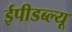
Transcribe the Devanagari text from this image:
ईपीडब्ल्यू